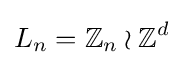
L_{n}=\mathbb {Z} _{n}\wr \mathbb {Z} ^{d}